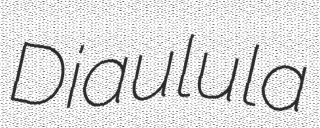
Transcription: Diaulula